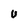
Character: u